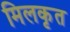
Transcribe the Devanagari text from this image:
मिलकृत